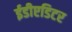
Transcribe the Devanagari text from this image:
ईडीएडिटर